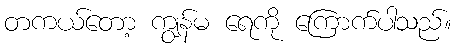
တကယ်တော့ ကျွန်မ ရေကို ကြောက်ပါသည်။